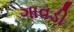
ગાવડી